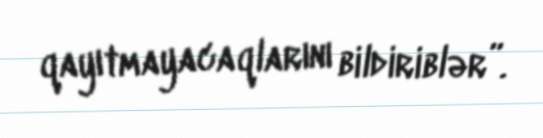
qayıtmayacaqlarını bildiriblər”.